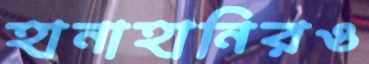
হানাহানিরও